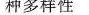
种多样性